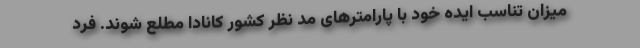
میزان تناسب ایده خود با پارامترهای مد نظر کشور کانادا مطلع شوند. فرد